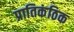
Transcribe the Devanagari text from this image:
प्रातिकंठिक